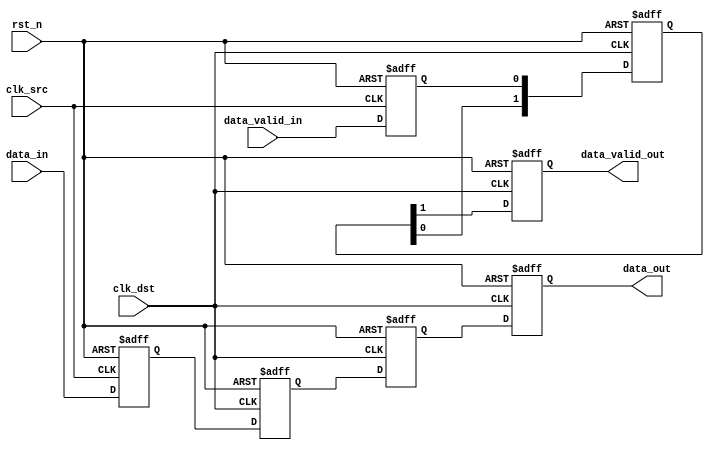
module MemoryBlocksPipelineSynchronizer #(
    parameter DATA_WIDTH = 8,      // Width of the data
    parameter PIPELINE_STAGES = 2   // Number of pipeline stages
)(
    input wire clk_src,             // Source clock
    input wire clk_dst,             // Destination clock
    input wire rst_n,               // Asynchronous reset (active low)
    input wire [DATA_WIDTH-1:0] data_in, // Data input from source clock domain
    input wire data_valid_in,       // Data valid signal from source clock domain
    output reg [DATA_WIDTH-1:0] data_out, // Synchronized data output to destination clock domain
    output reg data_valid_out       // Synchronized data valid signal
);

    // Intermediate registers for pipeline stages in destination clock domain
    reg [DATA_WIDTH-1:0] sync_reg [0:PIPELINE_STAGES-1];
    reg [PIPELINE_STAGES-1:0] valid_reg; // Valid signal registers

    // Capture data on the rising edge of clk_src
    reg [DATA_WIDTH-1:0] data_src_reg;
    reg data_valid_src_reg;

    always @(posedge clk_src or negedge rst_n) begin
        if (!rst_n) begin
            data_src_reg <= 0;
            data_valid_src_reg <= 1'b0;
        end else begin
            data_src_reg <= data_in;
            data_valid_src_reg <= data_valid_in;
        end
    end

    // Synchronize data to the destination clock domain
    integer i;
    always @(posedge clk_dst or negedge rst_n) begin
        if (!rst_n) begin
            data_out <= 0;
            data_valid_out <= 1'b0;
            for (i = 0; i < PIPELINE_STAGES; i = i + 1) begin
                sync_reg[i] <= 0;
            end
            valid_reg <= 0;
        end else begin
            // Shift the data through the pipeline stages
            sync_reg[0] <= data_src_reg; // First stage
            valid_reg[0] <= data_valid_src_reg;

            for (i = 1; i < PIPELINE_STAGES; i = i + 1) begin
                sync_reg[i] <= sync_reg[i-1];
                valid_reg[i] <= valid_reg[i-1];
            end
            
            // Output the last stage data and valid signal
            data_out <= sync_reg[PIPELINE_STAGES-1];
            data_valid_out <= valid_reg[PIPELINE_STAGES-1];
        end
    end

endmodule